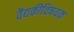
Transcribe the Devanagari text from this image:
वैद्यकीविषयक